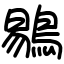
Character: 鶍